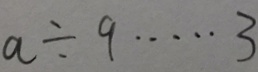
a \div 9 \cdots 3